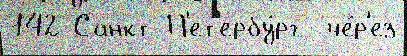
142 Санкт-П'ет'ербу́рг  че́р'ез